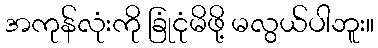
အကုန်လုံးကို ခြုံငုံမိဖို့ မလွယ်ပါဘူး။